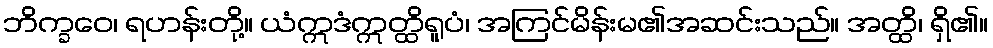
ဘိက္ခဝေ၊ ရဟန်းတို့။ ယံဣဒံဣတ္ထိရူပံ၊ အကြင်မိန်းမ၏အဆင်းသည်။ အတ္ထိ၊ ရှိ၏။